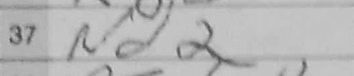
Transcription: Rd2